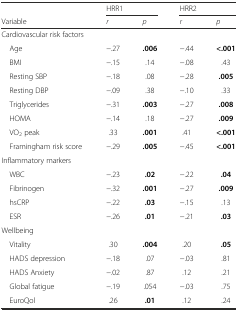
<table><thead><tr><td></td><td colspan="2"><b>HRR1</b></td><td colspan="2"><b>HRR2</b></td></tr><tr><td><b>Variable</b></td><td><b><i>r</i></b></td><td><b><i>p</i></b></td><td><b><i>r</i></b></td><td><b><i>p</i></b></td></tr></thead><tbody><tr><td>Cardiovascular risk factors</td><td></td><td></td><td></td><td></td></tr><tr><td> Age</td><td>−.27</td><td><b>.006</b></td><td>−.44</td><td><b>&lt;.001</b></td></tr><tr><td> BMI</td><td>−.15</td><td>.14</td><td>−.08</td><td>.43</td></tr><tr><td> Resting SBP</td><td>−.18</td><td>.08</td><td>−.28</td><td><b>.005</b></td></tr><tr><td> Resting DBP</td><td>−.09</td><td>.38</td><td>−.10</td><td>.33</td></tr><tr><td> Triglycerides</td><td>−.31</td><td><b>.003</b></td><td>−.27</td><td><b>.008</b></td></tr><tr><td> HOMA</td><td>−.14</td><td>.18</td><td>−.27</td><td><b>.009</b></td></tr><tr><td> VO<sub>2</sub> peak</td><td>.33</td><td><b>.001</b></td><td>.41</td><td><b>&lt;.001</b></td></tr><tr><td> Framingham risk score</td><td>−.29</td><td><b>.005</b></td><td>−.45</td><td><b>&lt;.001</b></td></tr><tr><td>Inflammatory markers</td><td></td><td></td><td></td><td></td></tr><tr><td> WBC</td><td>−.23</td><td><b>.02</b></td><td>−.22</td><td><b>.04</b></td></tr><tr><td> Fibrinogen</td><td>−.32</td><td><b>.001</b></td><td>−.27</td><td><b>.009</b></td></tr><tr><td> hsCRP</td><td>−.22</td><td><b>.03</b></td><td>−.15</td><td>.13</td></tr><tr><td> ESR</td><td>−.26</td><td><b>.01</b></td><td>−.21</td><td><b>.03</b></td></tr><tr><td>Wellbeing</td><td></td><td></td><td></td><td></td></tr><tr><td> Vitality</td><td>.30</td><td><b>.004</b></td><td>.20</td><td><b>.05</b></td></tr><tr><td> HADS depression</td><td>−.18</td><td>.07</td><td>−.03</td><td>.81</td></tr><tr><td> HADS Anxiety</td><td>−.02</td><td>.87</td><td>.12</td><td>.21</td></tr><tr><td> Global fatigue</td><td>−.19</td><td>.054</td><td>−.03</td><td>.75</td></tr><tr><td> EuroQol</td><td>.26</td><td><b>.01</b></td><td>.12</td><td>.24</td></tr></tbody></table>